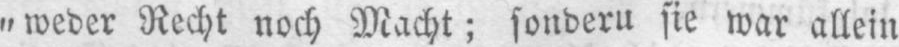
„weder Recht noch Macht; sonderu sie war allein